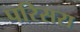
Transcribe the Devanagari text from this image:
परिसरा